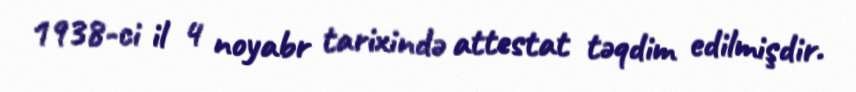
1938-ci il 4 noyabr tarixində attestat təqdim edilmişdir.